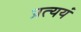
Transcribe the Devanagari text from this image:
प्रत्ययं